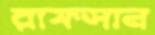
রাফসান